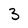
Character: 3